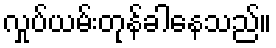
လှုပ်ယမ်းတုန်ခါနေသည်။